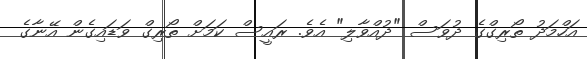
އަހްމަދު ތޯރިގްގެ ދުވަސް "ދުއްވާލި" އެވެ. ރައީސް ކަމަށް ތޯރިގް ވަޑައިގެން އޭނާގެ